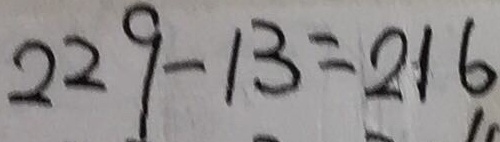
2 2 9 - 1 3 = 2 1 6